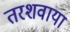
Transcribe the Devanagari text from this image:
तरशवाया